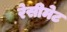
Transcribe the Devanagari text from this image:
रेसीमेट